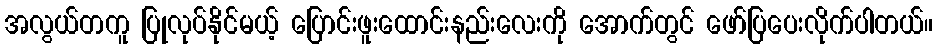
အလွယ်တကူ ပြုလုပ်နိုင်မယ့် ပြောင်းဖူးထောင်းနည်းလေးကို အောက်တွင် ဖော်ပြပေးလိုက်ပါတယ်။